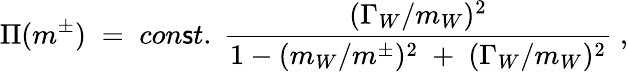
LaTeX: \Pi(m^{\pm})\; =\; con\mathsf{s}t.\; \frac{{(\Gamma_{W}/m_{W})^{2}}}{{1-(m_{W}/m^{\pm})^{2}\; +\; (\Gamma_{W}/m_{W})^{2}}}\; ,